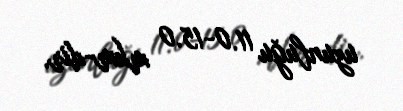
uzunluğu 11.0-15.0 mkm-dir.